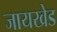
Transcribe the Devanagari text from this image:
जायखेड